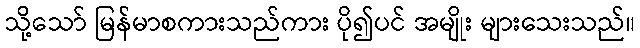
သို့သော် မြန်မာစကားသည်ကား ပို၍ပင် အမျိုး များသေးသည်။